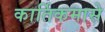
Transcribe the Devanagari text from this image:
कार्तिकमासे